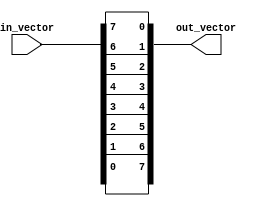
module seven_bit_Vector_revrese(
input [7:0] in_vector,
output [7:0] out_vector  
);

      assign out_vector = {in_vector[0], in_vector[1], in_vector[2], in_vector[3], in_vector[4], in_vector[5], in_vector[6], in_vector[7]};
    /*
assign out_vector[0]=in_vector[7];
assign out_vector[1]=in_vector[6];
assign out_vector[2]=in_vector[5];
assign out_vector[3]=in_vector[4];
assign out_vector[4]=in_vector[3];
assign out_vector[5]=in_vector[2];
assign out_vector[6]=in_vector[1];
assign out_vector[7]=in_vector[0];
*/
endmodule